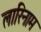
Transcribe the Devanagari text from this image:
लारिनाम